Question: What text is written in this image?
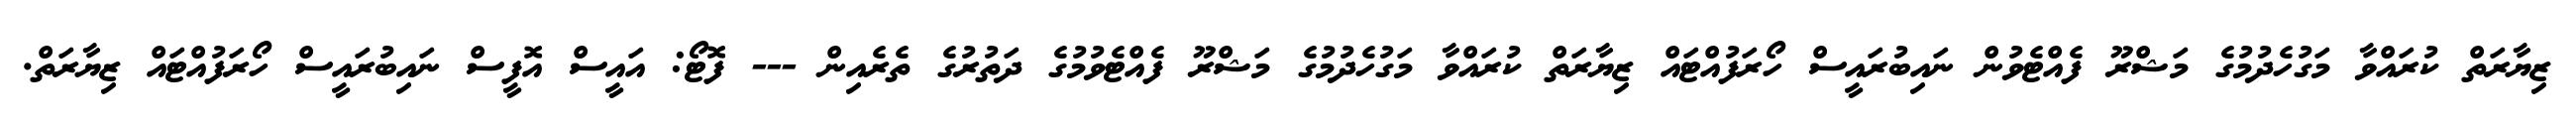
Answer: ޒިޔާރަތް ކުރައްވާ މަގުހެދުމުގެ މަޝްރޫ ފެއްޓެވުން ނައިބުރައީސް ހޯރަފުއްޓައް ޒިޔާރަތް ކުރައްވާ މަގުހެދުމުގެ މަޝްރޫ ފެއްޓެވުމުގެ ދަތުރުގެ ތެރެއިން --- ފޮޓޯ: އައީސް އޮފީސް ނައިބުރައީސް ހޯރަފުއްޓައް ޒިޔާރަތް.